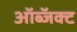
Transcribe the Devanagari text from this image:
ऑब्जॅक्ट